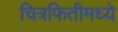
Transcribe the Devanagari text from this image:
चित्रफितीमध्ये